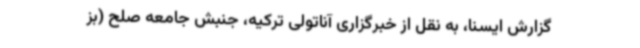
گزارش ایسنا، به نقل از خبرگزاری آناتولی ترکیه، جنبش جامعه صلح (بز